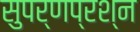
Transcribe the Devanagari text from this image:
सुपर्णप्रश्न